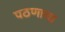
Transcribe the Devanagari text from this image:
पठणाचा